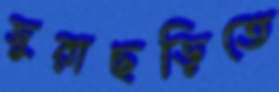
জুরাছড়িতে